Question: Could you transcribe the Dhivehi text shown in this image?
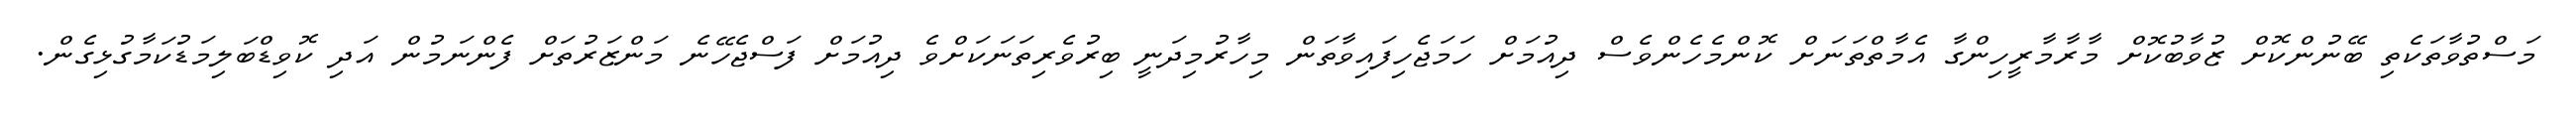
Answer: މަސްތުވާތަކެތި ބޭނުންކޮށް ޒުވާބުކޮށް މާރާމާރީހިންގާ އެމާތްތަނަށް ކޮންމެހެންވެސް ދިއުމަށް ހަމަޖެހިފައިވާތަން މިހާރުމިދަނީ ބިރުވެރިތަނަކަށްވެ ދިއުމަށް ފަސްޖެހޭނެ މަންޒަރުތަށް ފެންނަމުން އަދި ކޮވިޑްބަލިމަޑުކަމާގުޅިގެން.